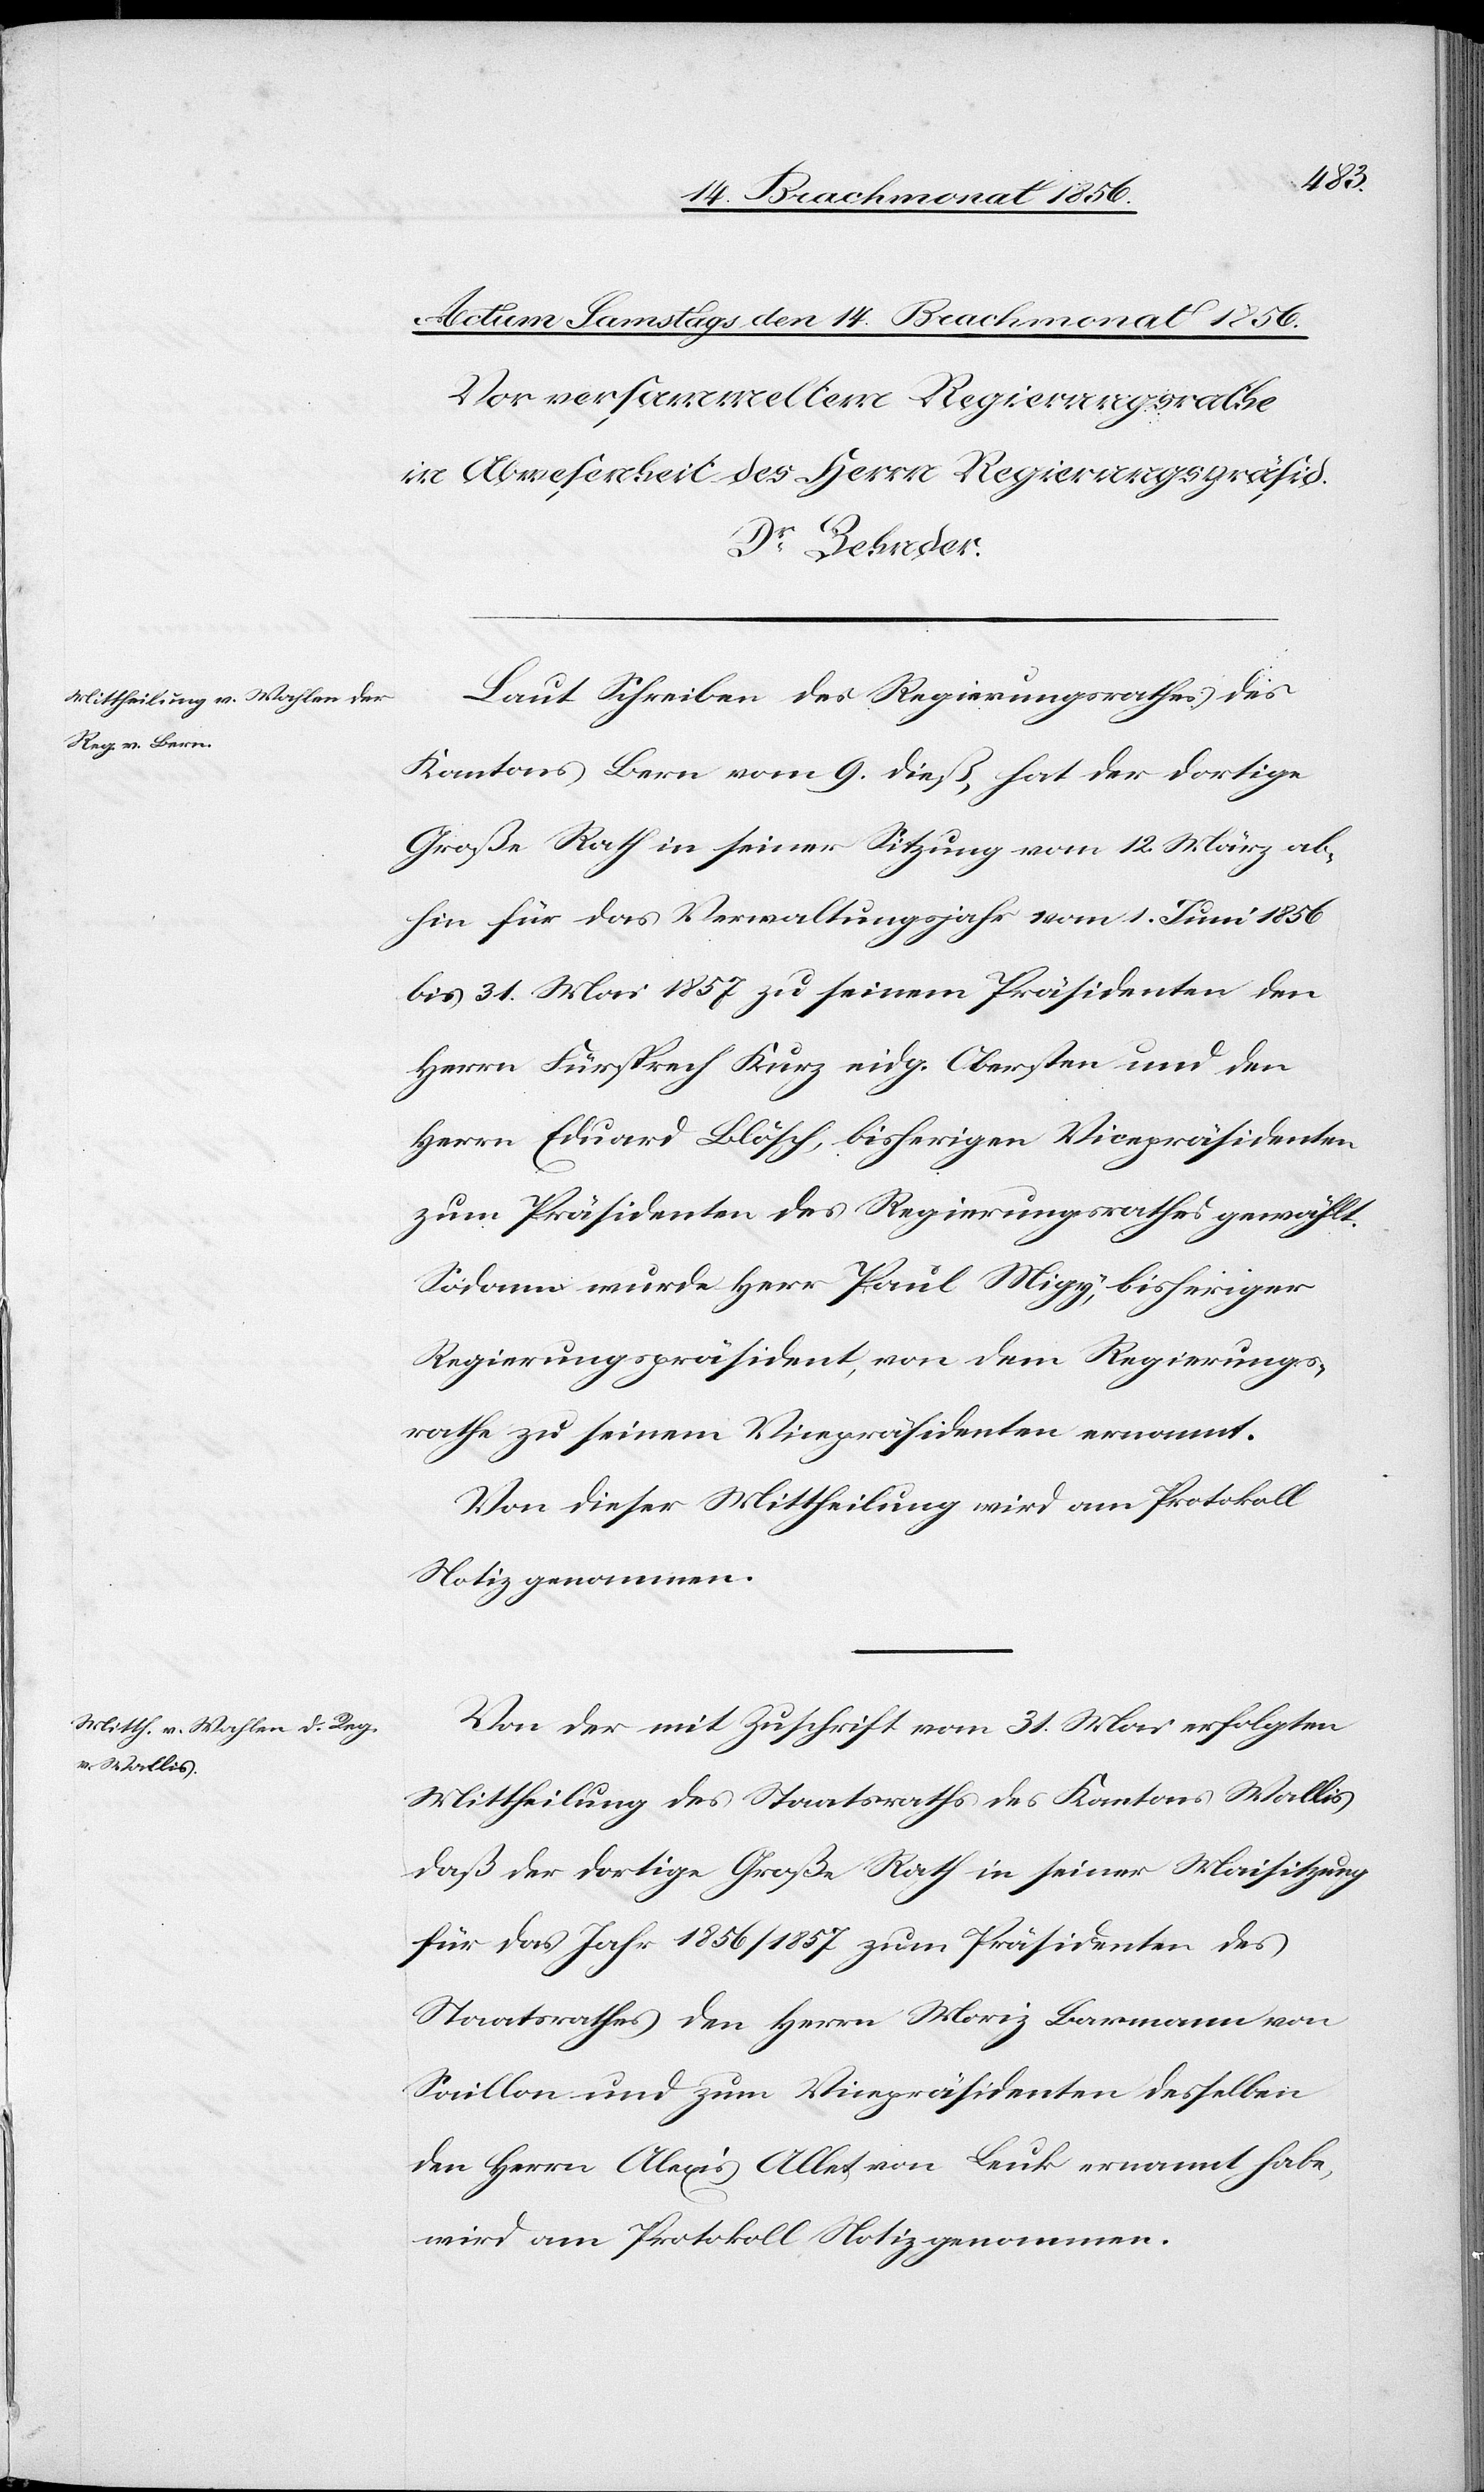
Laut Schreiben des Regierungsrathes des
Kantons Bern vom 9. dieß, hat der dortige
Große Rath in seiner Sitzung vom 12. März ab¬
hin für das Verwaltungsjahr vom 1. Juni 1856
bis 31. Mai 1857 zu seinem Präsidenten den
Herrn Fürsprech Kurz eidg. Obersten und den
Herrn Eduard Blösch, bisherigen Vicepräsidenten
zum Präsidenten des Regierungsrathes gewählt.
Sodann wurde Herr Paul Migy, bisheriger
Regierungspräsident, von dem Regierungs¬
rathe zu seinem Vicepräsidenten ernannt.
Von dieser Mittheilung wird am Protokoll
Notiz genommen.
Von der mit Zuschrift vom 31. Mai erfolgten
Mittheilung des Staatsraths des Kantons Wallis,
daß der dortige Große Rath in seiner Maisitzung
für das Jahr 1856/1857 zum Präsidenten des
Staatsrathes den Herrn Moriz Barmann von
Saillon und zum Vicepräsidenten desselben
den Herrn Alexis Allet von Leuk ernannt habe,
wird am Protokoll Notiz genommen.